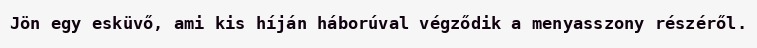
Jön egy esküvő, ami kis híján háborúval végződik a menyasszony részéről.